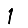
Digit: 1